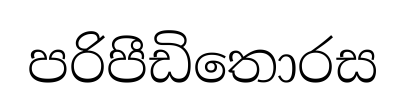
පරිපීඩිතොරස